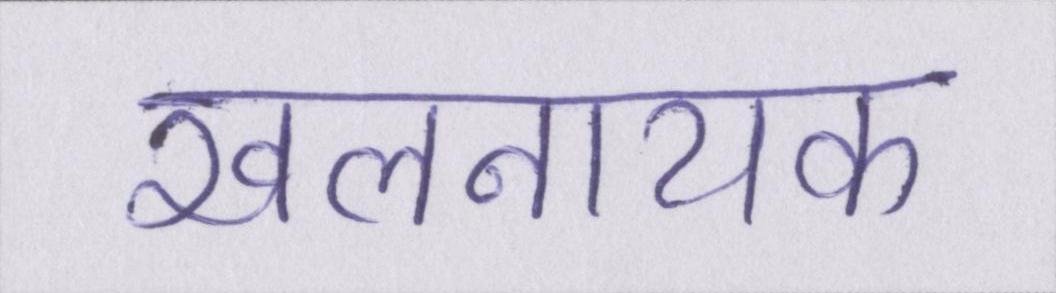
खलनायक